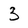
Character: 3